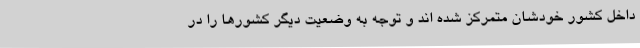
داخل کشور خودشان متمرکز شده اند و توجه به وضعیت دیگر کشورها را در